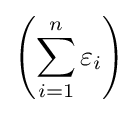
\left(\sum \limits _{i=1}^{n}\varepsilon _{i}\right)